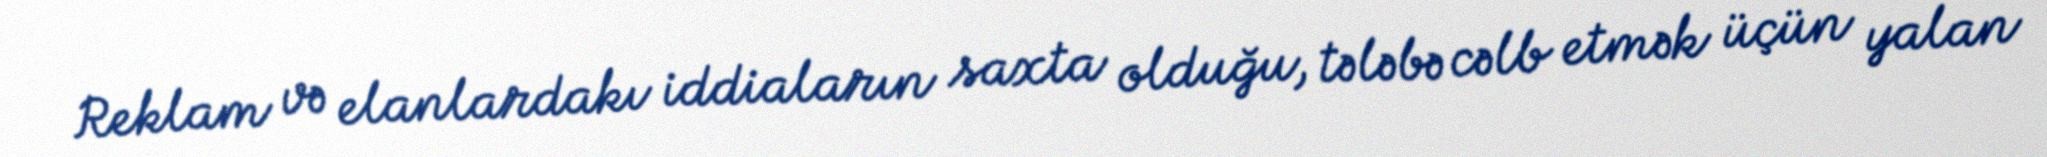
Reklam və elanlardakı iddiaların saxta olduğu, tələbə cəlb etmək üçün yalan